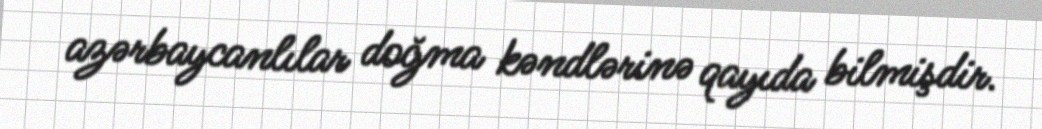
azərbaycanlılar doğma kəndlərinə qayıda bilmişdir.